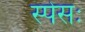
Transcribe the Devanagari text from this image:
स्पेसः